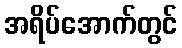
အရိပ်အောက်တွင်